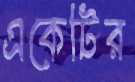
একেটির